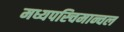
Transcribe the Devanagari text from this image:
मध्यपस्चिमान्चल